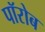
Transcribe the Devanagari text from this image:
पॉरोब